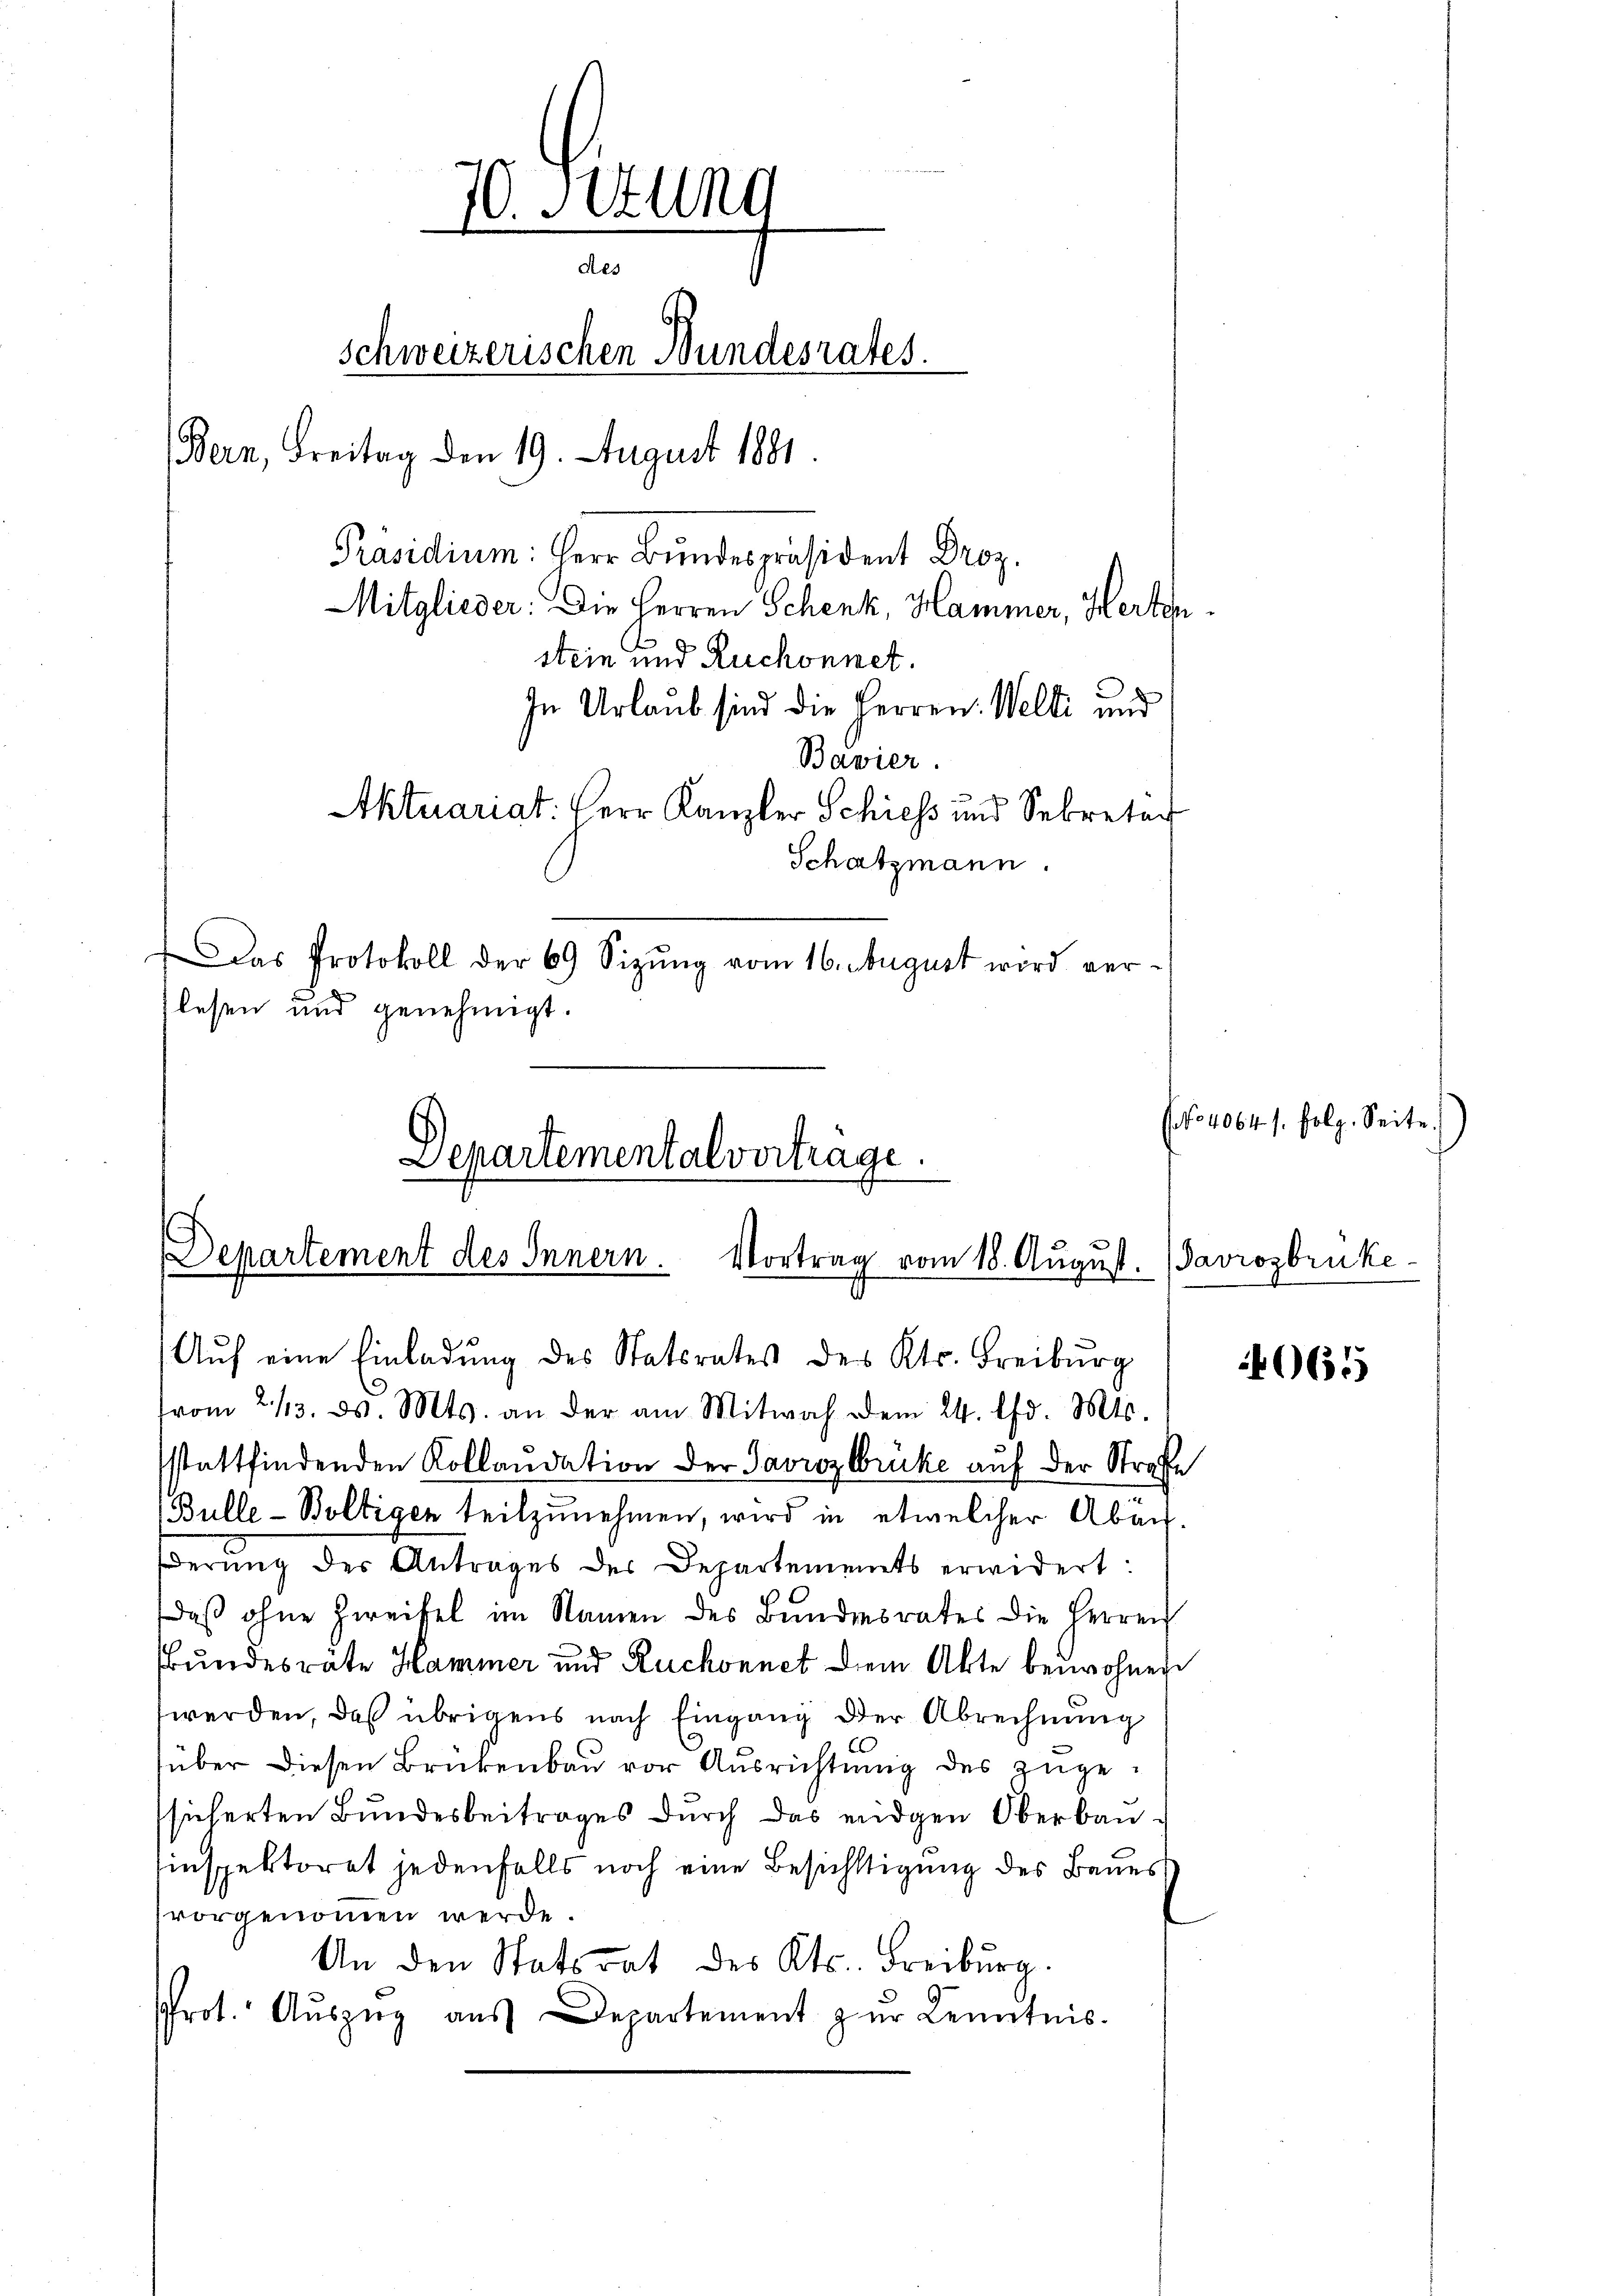
Das Protokoll der 69 Sizŭng vom 16. August wird ver-
lesen und genehmigt.

70. Stung
.
des
schweizerischen Bundesrates.
Bern, Freitag den 19. August 1881
Präsidium: Herr Bundespräsident Droz.
Mitglieder: Die Herren Schenk, Hammer, Herten
stein und Ruchonnet.
In Urlaub sind die Herren Welti und
Bavier.
Aktuariat. Herr Kanzler Schiess und Sekretär
Schatzmann.

Departementalvertrage.
Departement des Innern. Vortrag vom 18. August. Savrozbruke¬
Auf eine Einladung des Statsrates des Kts. Freiburg

vom 2/3. d. Mts. an der am Mitwoch dem 24. d. Mts.
sstattfindenden Kollandation der Savrozlbrücke auf der Strafe
(Bulle-Boltigen teilzunehmen, wird in etwelcher Abänderŭng des Antrages der Departements erwidert:
daß ohne Zweifel im Namen des Bundesrates die Herren
bundesräte Hammer und Ruchonnet dem Akte beiwohnen
werden, daß übrigens nach Eingang der Abrechnung
über diesen Brückenbau vor Ausrichtung des zugesicherten Bundesbeitrages dŭrch das eidgen Oberbau¬
Einspektorat jedenfalls noch eine Besichtigung des Baues
vorgenommen werde.
An den Statsrat des Kts. Freiburg.
Prot. Aŭszŭg aŭs Departement zur Kenntnis.

(No 4064 s. folg. Seite

4065